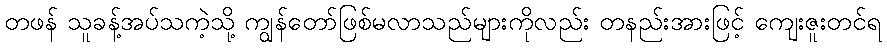
တဖန် သူခန့်အပ်သကဲ့သို့ ကျွန်တော်ဖြစ်မလာသည်များကိုလည်း တနည်းအားဖြင့် ကျေးဇူးတင်ရ